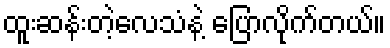
ထူးဆန်းတဲ့လေသံနဲ့ ပြောလိုက်တယ်။